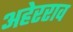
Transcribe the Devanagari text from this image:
अहेरराव